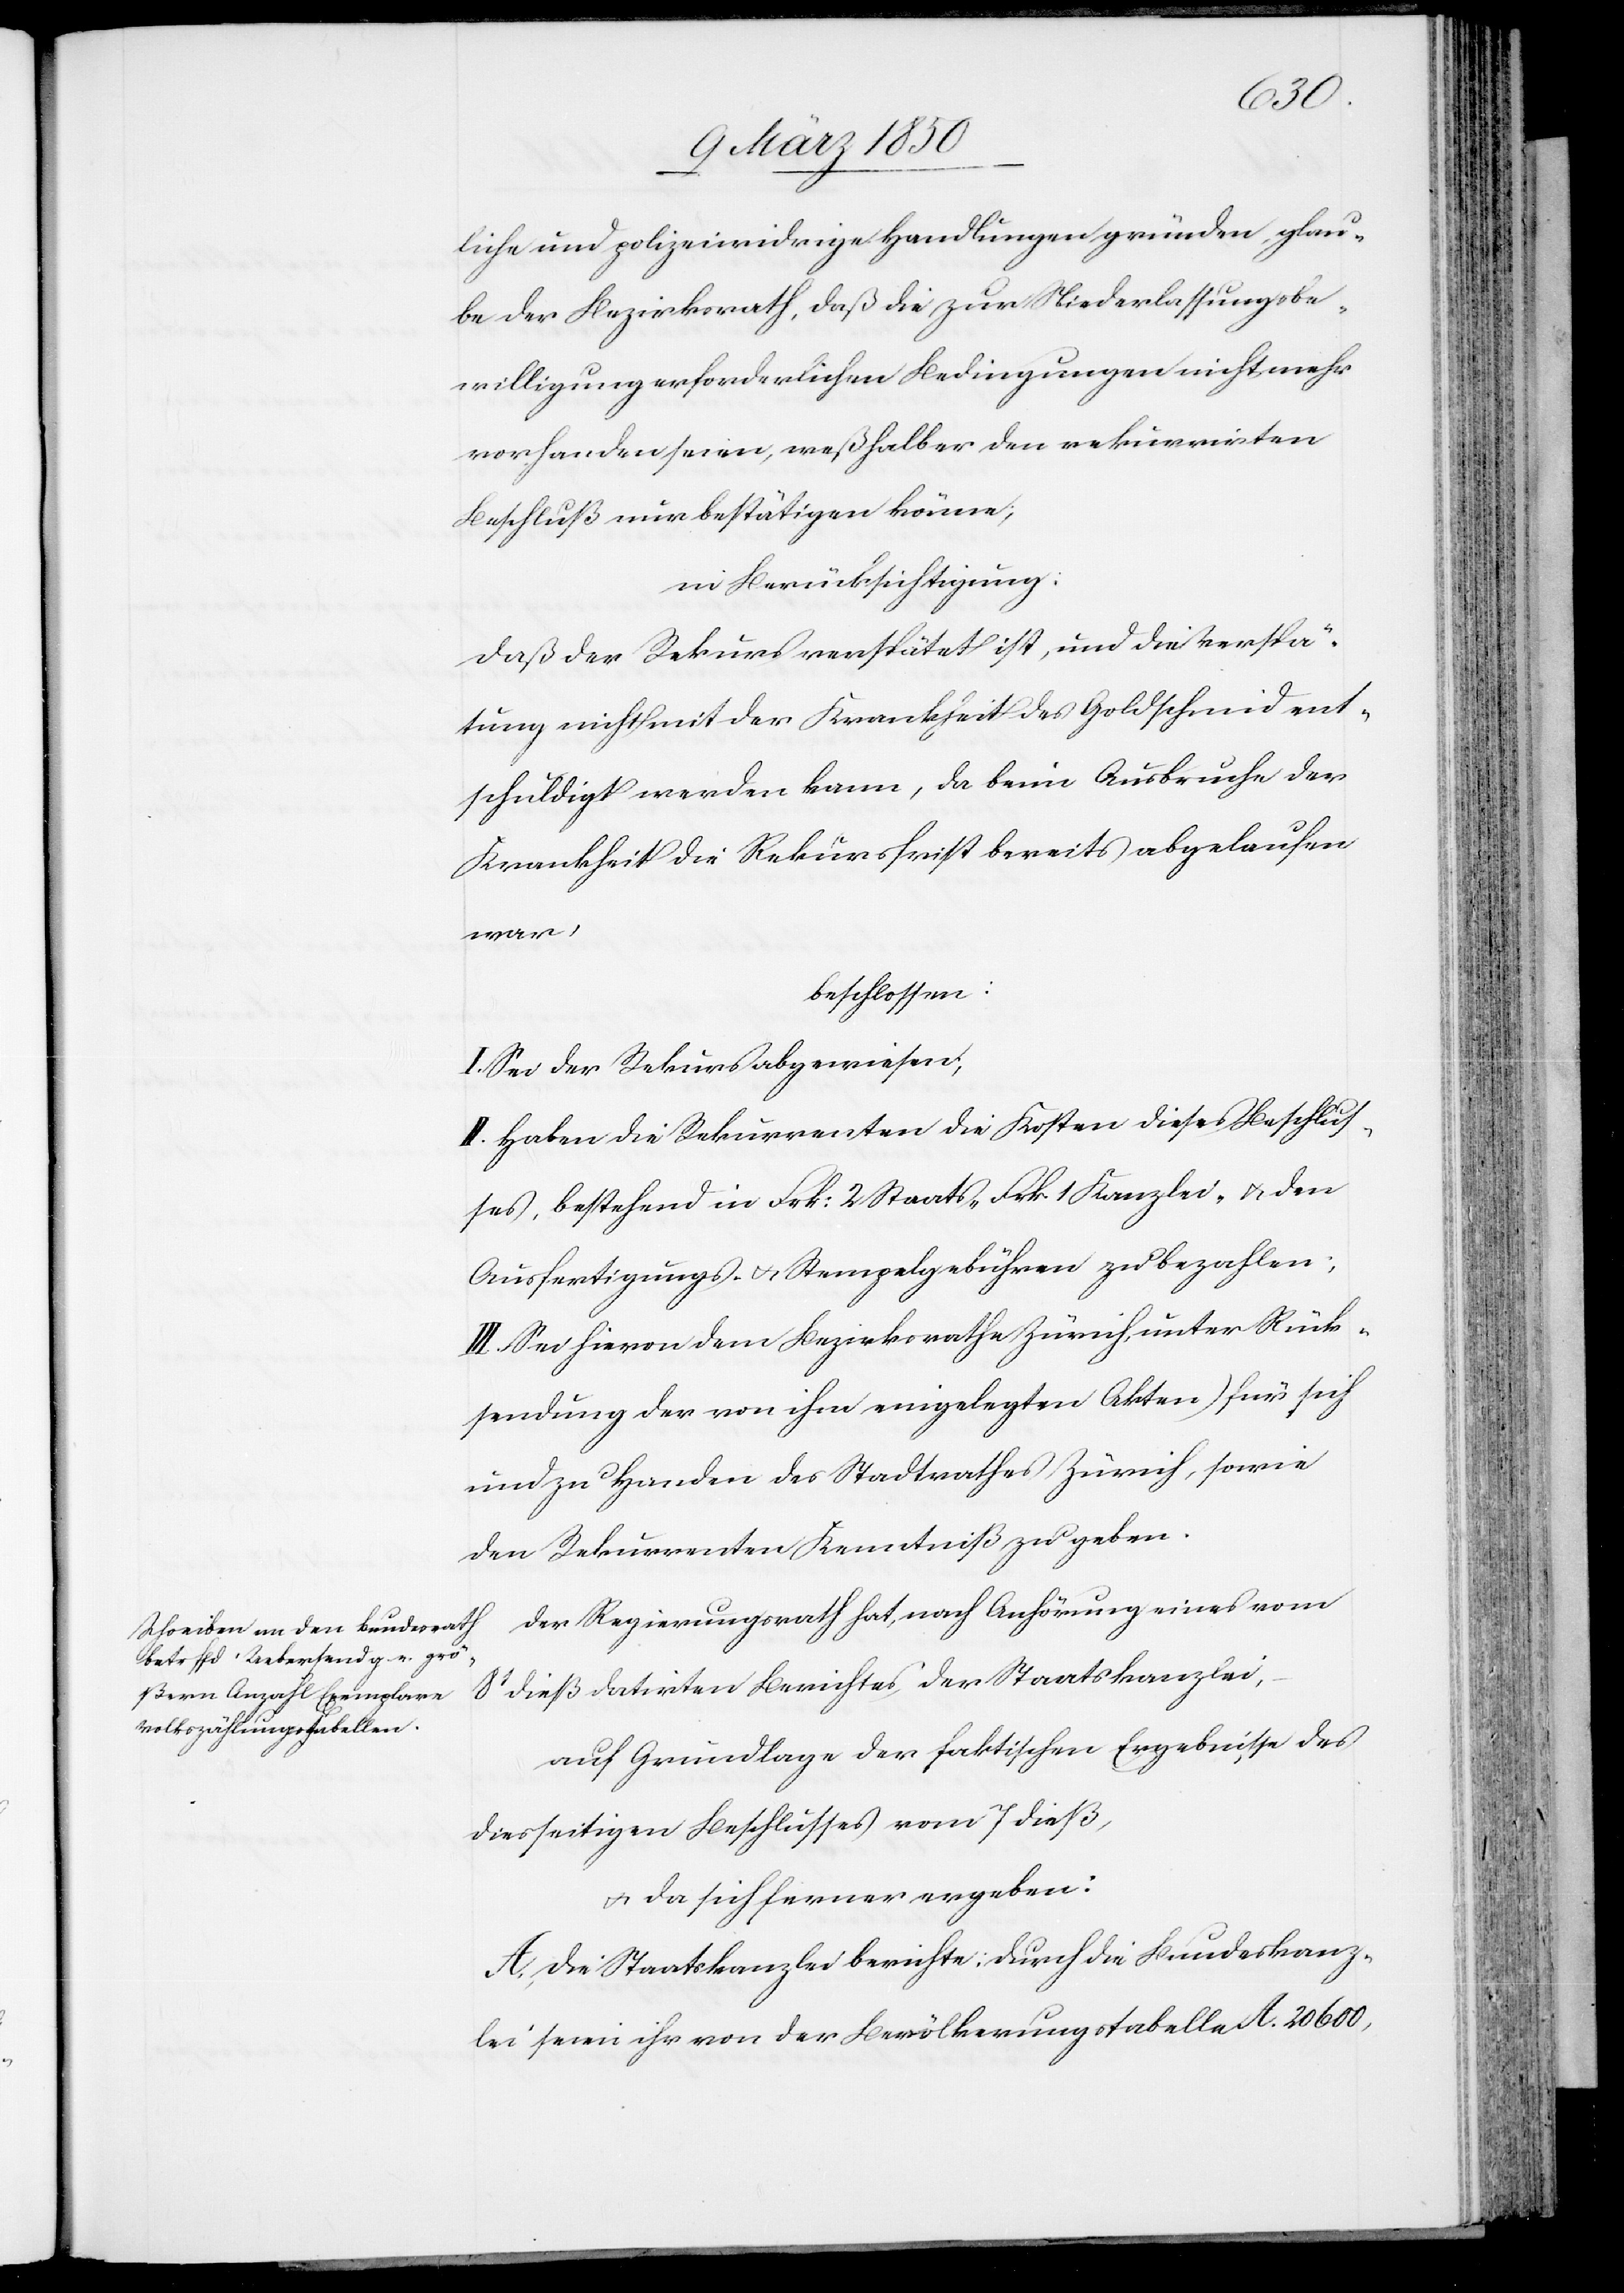
liche und polizeiwidrige Handlungen gründen, glau¬
be der Bezirksrath, daß die zur Niederlassungsbe¬
willigung erforderlichen Bedingungen nicht mehr
vorhanden seien, weßhalb er den rekurrirten
Beschluß nur bestätigen könne;
in Berücksichtigung:
Daß der Rekurs verspätet ist, und die Verspä¬
tung nicht mit der Krankheit des Goldschmid ent¬
schuldigt werden kann, da beim Ausbruche der
Krankheit die Rekursfrist bereits abgelaufen
war,
beschlossen:
I. Sei der Rekurs abgewiesen;
II. Haben die Rekurrenten die Kosten dieses Beschlus¬
ses, bestehend in Frk: 2 Staats- Frk 1 Kanzlei- u. den
Ausfertigungs- u. Stempelgebühren zu bezahlen;
III. Sei hievon dem Bezirksrathe Zürich, [(]unter Rück¬
sendung der von ihm eingelegten Akten) für sich
und zu Handen des Stadtrathes Zürich, sowie
den Rekurrenten Kenntniß zu geben.
Der Regierungsrath hat, nach Anhörung eines vom
8t dieß datirten Berichtes der Staatskanzlei,
auf Grundlage der faktischen Ergebnisse des
diesseitigen Beschlusses vom 7 dieß,
u. da sich ferner ergeben:
A. Die Staatskanzlei berichte: durch die Bundeskanz¬
lei seien ihr von der Bevölkerungstabelle A. 20600,